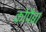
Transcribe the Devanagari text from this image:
कोपैबा